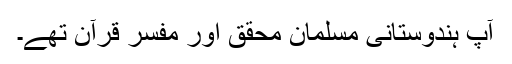
آپ ہندوستانی مسلمان محقق اور مفسر قرآن تھے۔